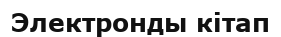
Электронды кітап